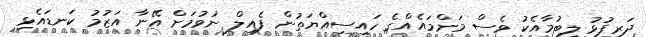
ދަރިފުޅު ލިބުމާއެކު ވެސް މަންމައެއްގެ ހައިސިއްޔަތުން ފެއިލް ނުވުމަށް އޭނާ އަޒުމު ކަނޑައެޅި